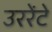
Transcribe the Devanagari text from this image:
उररेंटे